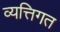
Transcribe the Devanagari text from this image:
व्यत्तिगत